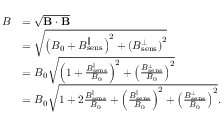
\begin{array} { r l } { B } & { = \sqrt { \mathbf { B } \cdot \mathbf { B } } } \\ & { = \sqrt { \left( B _ { 0 } + B _ { \mathrm { s e n s } } ^ { \parallel } \right) ^ { 2 } + \left( B _ { \mathrm { s e n s } } ^ { \perp } \right) ^ { 2 } } } \\ & { = B _ { 0 } \sqrt { \left( 1 + \frac { B _ { \mathrm { s e n s } } ^ { \parallel } } { B _ { 0 } } \right) ^ { 2 } + \left( \frac { B _ { \mathrm { s e n s } } ^ { \perp } } { B _ { 0 } } \right) ^ { 2 } } } \\ & { = B _ { 0 } \sqrt { 1 + 2 \frac { B _ { \mathrm { s e n s } } ^ { \parallel } } { B _ { 0 } } + \left( \frac { B _ { \mathrm { s e n s } } ^ { \parallel } } { B _ { 0 } } \right) ^ { 2 } + \left( \frac { B _ { \mathrm { s e n s } } ^ { \perp } } { B _ { 0 } } \right) ^ { 2 } } . } \end{array}